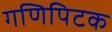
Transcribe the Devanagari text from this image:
गणिपिटक